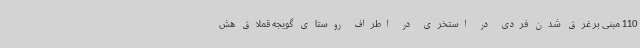
110 مبنی بر غرق شدن فردی در استخری در اطراف روستای گویجه قملاق هش